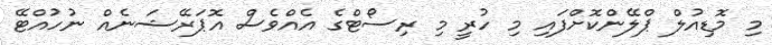
މި މޮޑިއުލް ޕްލޭންކޮށްފައި މި ހުރީ މި ރިސޯޓްގެ އެއްވެސް އޮޕަރޭޝަނެއް ނުހުއްޓޭ